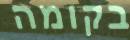
בקומה